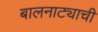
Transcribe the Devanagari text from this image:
बालनाट्याची